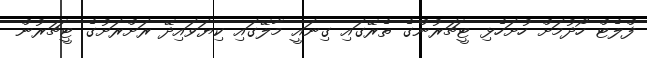
ފްލެޓް ހޯދުމަށް ހުށަހެޅި ޓީޗަރުންގެ ތެރޭގަައި ގިނައީ މާލޭގައި ކިޔަވައިދޭ ރަށްރަށުގެ ޓީޗަރުން